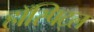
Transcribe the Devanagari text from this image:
हॉस्पिट्ल